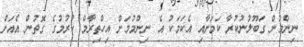
ނިންމުން ގަބޫލުނުކުރާ ކަމަށާއި އެކަމަކު އެ ނިންމުމަށް އިހްތިރާމް ކުރުމުގެ ގޮތުން އެއަށް